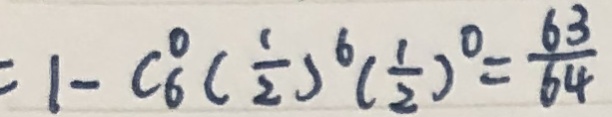
= 1 - C ^ { 0 } _ { 6 } ( \frac { 1 } { 2 } ) ^ { 6 } ( \frac { 1 } { 2 } ) ^ { 0 } = \frac { 6 3 } { 6 4 }